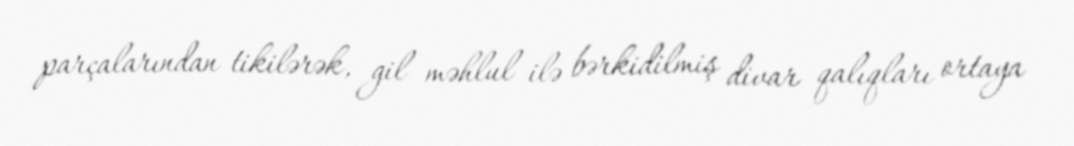
parçalarından tikilərək, gil məhlul ilə bərkidilmiş divar qalıqları ortaya